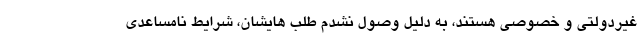
غیردولتی و خصوصی هستند، به دلیل وصول نشدم طلب هایشان، شرایط نامساعدی